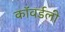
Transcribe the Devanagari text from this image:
कॉवर्डली